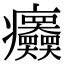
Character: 𤼤